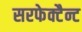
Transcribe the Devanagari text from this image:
सरफेक्टैन्ट